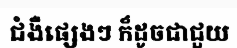
ជំងឺផ្សេងៗ ក៏ដូចជាជួយ